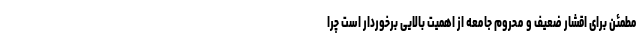
مطمئن برای اقشار ضعیف و محروم جامعه از اهمیت بالایی برخوردار است چرا